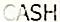
CASH